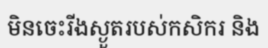
មិនចេះរីងស្ងួតរបស់កសិករ និង